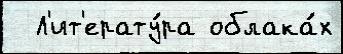
  Л'ит'ерату́ра облака́х